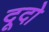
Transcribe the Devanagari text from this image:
दूदो